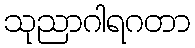
သုညာဂါရဂတာ